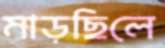
মাড়ছিলে